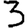
Digit: 3